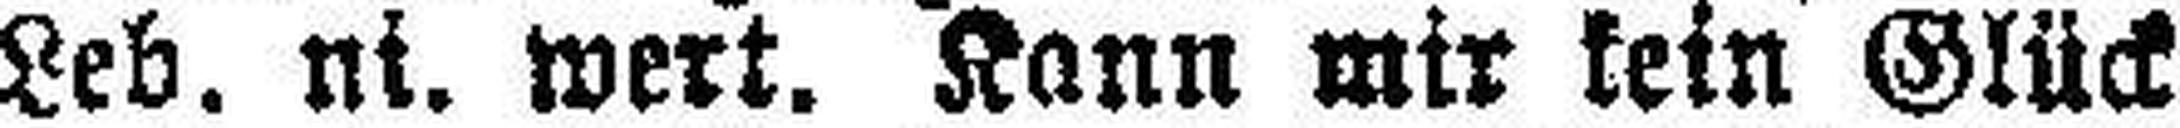
Leb. ni. wert. Kann mir kein Glück